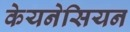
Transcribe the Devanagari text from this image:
केयनेसियन